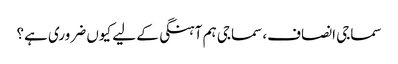
سماجی انصاف، سماجی ہم آہنگی کے لیے کیوں ضروری ہے؟